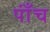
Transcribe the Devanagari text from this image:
पाँंच